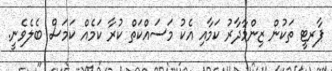
ޕާރޓީ ތަކުން ޒިންމާދާރު ކަމާއި އެކު މަސައްކަތް ކުރާ ކަމެއް ކަމަސް ބެލެވެނީ.